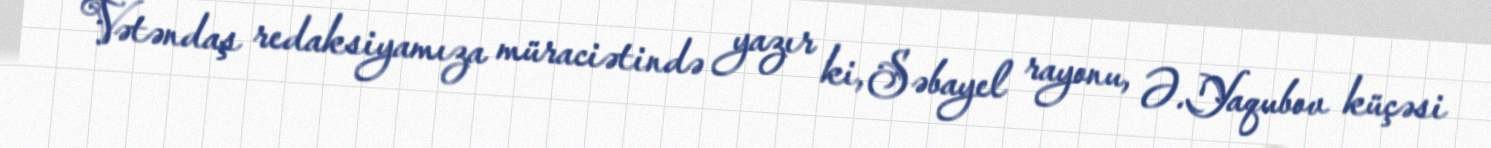
Vətəndaş redaksiyamıza müraciətində yazır ki, Səbayel rayonu, Ə.Yaqubov küçəsi